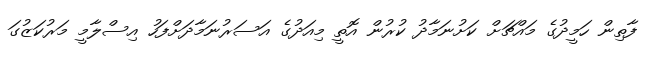
ފާތިން ހަމީދުގެ މައްޗަށް ކަށުނަމާދު ކުރުން އޮތީ މިއަދުގެ އަސަރުނަމާދަށްފަހު އިސްލާމީ މަރުކަޒުގަ